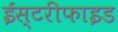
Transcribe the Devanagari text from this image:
ईस्टरीफाइड